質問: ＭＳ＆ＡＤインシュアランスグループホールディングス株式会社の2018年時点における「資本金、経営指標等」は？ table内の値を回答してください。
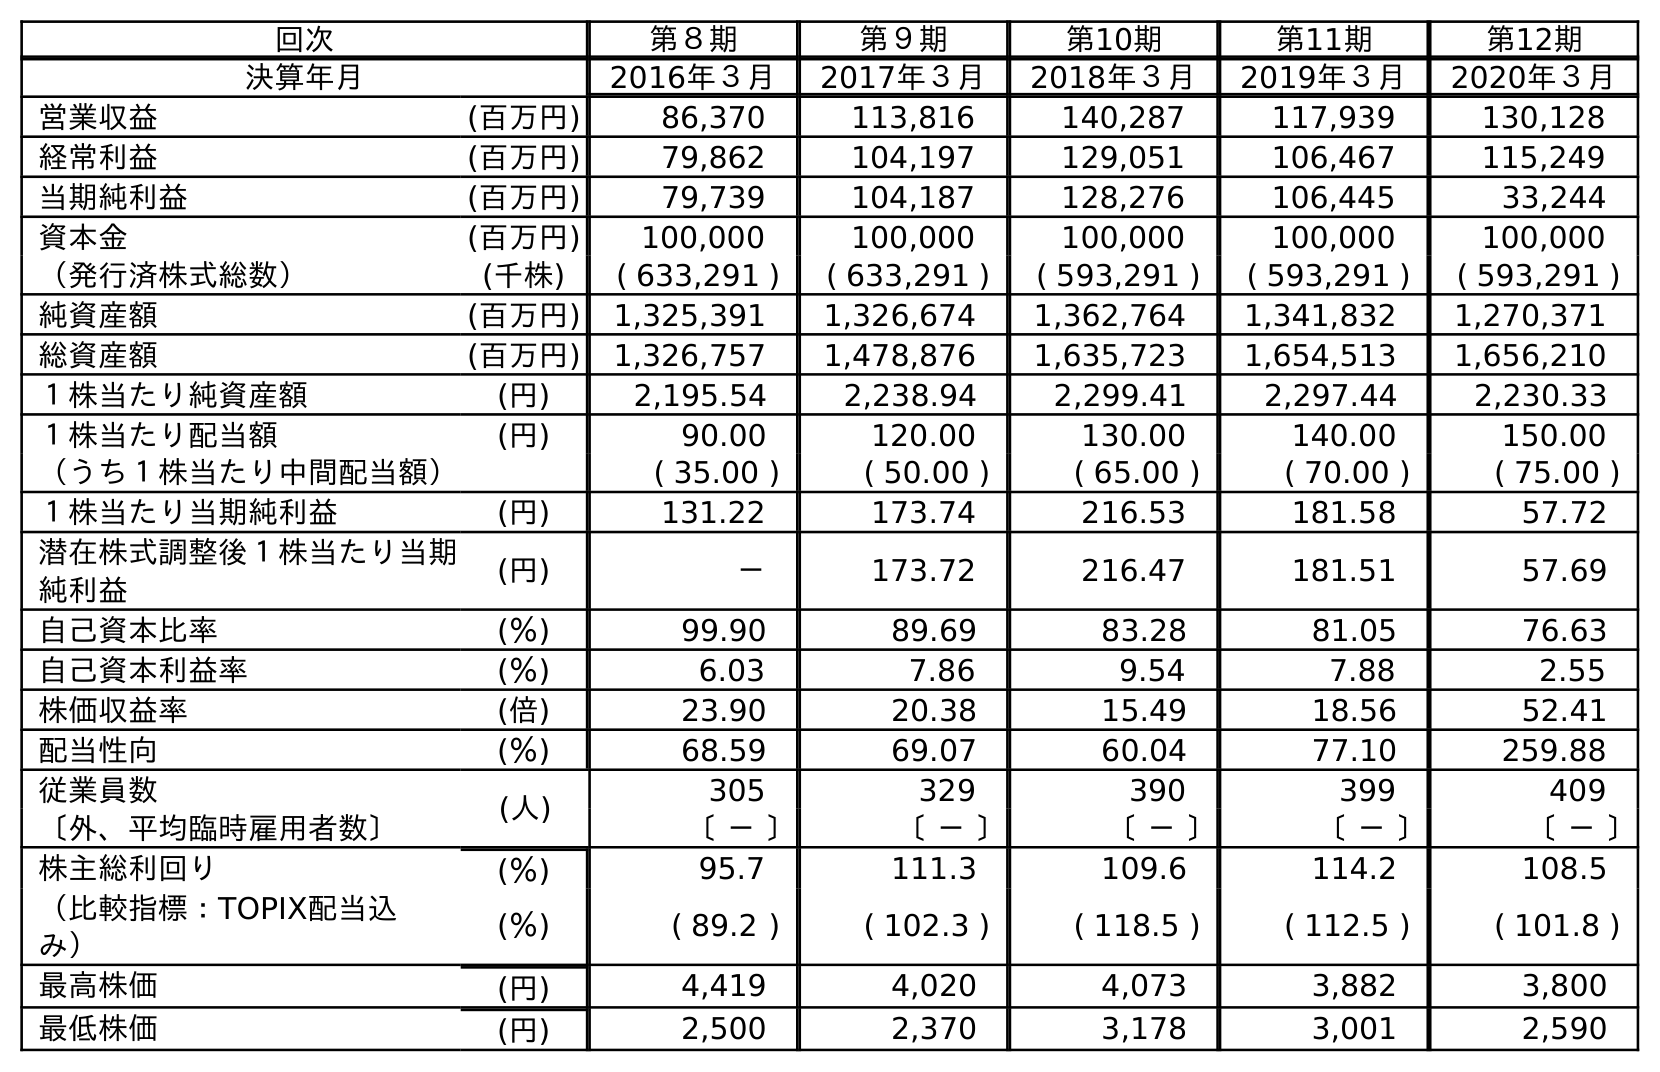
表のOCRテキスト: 回次 第８期 第９期 第10期 第11期 第12期 決算年月 2016年３月 2017年３月 2018年３月 2019年３月 2020年３月 営業収益 (百万円) 86,370 113,816 140,287 117,939 130,128 経常利益 (百万円) 79,862 104,197 129,051 106,467 115,249 当期純利益 (百万円) 79,739 104,187 128,276 106,445 33,244 資本金 (百万円) 100,000 100,000 100,000 100,000 100,000 （発行済株式総数） (千株) ( 633,291 ) ( 633,291 ) ( 593,291 ) ( 593,291 ) ( 593,291 ) 純資産額 (百万円) 1,325,391 1,326,674 1,362,764 1,341,832 1,270,371 総資産額 (百万円) 1,326,757 1,478,876 1,635,723 1,654,513 1,656,210 １株当たり純資産額 (円) 2,195.54 2,238.94 2,299.41 2,297.44 2,230.33 １株当たり配当額 (円) 90.00 120.00 130.00 140.00 150.00 （うち１株当たり中間配当額） ( 35.00 ) ( 50.00 ) ( 65.00 ) ( 70.00 ) ( 75.00 ) １株当たり当期純利益 (円) 131.22 173.74 216.53 181.58 57.72 潜在株式調整後１株当たり当期 純利益 (円) － 173.72 216.47 181.51 57.69 自己資本比率 (％) 99.90 89.69 83.28 81.05 76.63 自己資本利益率 (％) 6.03 7.86 9.54 7.88 2.55 株価収益率 (倍) 23.90 20.38 15.49 18.56 52.41 配当性向 (％) 68.59 69.07 60.04 77.10 259.88 従業員数 (人) 305 329 390 399 409 〔外、平均臨時雇用者数〕 〔 － 〕 〔 － 〕 〔 － 〕 〔 － 〕 〔 － 〕 株主総利回り (％) 95.7 111.3 109.6 114.2 108.5 （比較指標：TOPIX配当込 み） (％) ( 89.2 ) ( 102.3 ) ( 118.5 ) ( 112.5 ) ( 101.8 ) 最高株価 (円) 4,419 4,020 4,073 3,882 3,800 最低株価 (円) 2,500 2,370 3,178 3,001 2,590
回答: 100,000